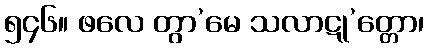
၅၄၆။ ဖလေ တွာ’မေ သလာဋု’တ္တော၊